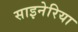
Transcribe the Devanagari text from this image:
साइनेरिया